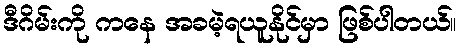
ဒီဂိမ်းကို ကနေ အခမဲ့ရယူနိုင်မှာ ဖြစ်ပါတယ်။